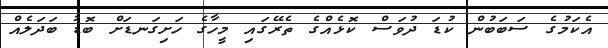
އެކަމުގެ ސަބަބުން ކުޑަ ދުވަސް ކޮޅެއްގެ ތެރޭގައި މީހާގެ ހަށިގަނޑަށް ބޮޑު ބަދަލެއް